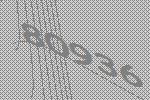
80936